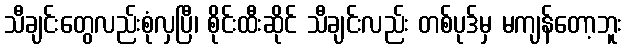
သီချင်းတွေလည်းစုံလှပြီ၊ စိုင်းထီးဆိုင် သီချင်းလည်း တစ်ပုဒ်မှ မကျန်တော့ဘူး